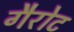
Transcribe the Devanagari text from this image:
गैरोट